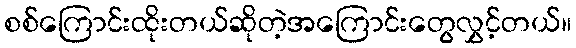
စစ်ကြောင်းထိုးတယ်ဆိုတဲ့အကြောင်းတွေလွှင့်တယ်။